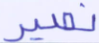
نصير